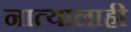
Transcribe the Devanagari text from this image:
नात्यालाही